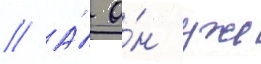
// А́ о́н уже